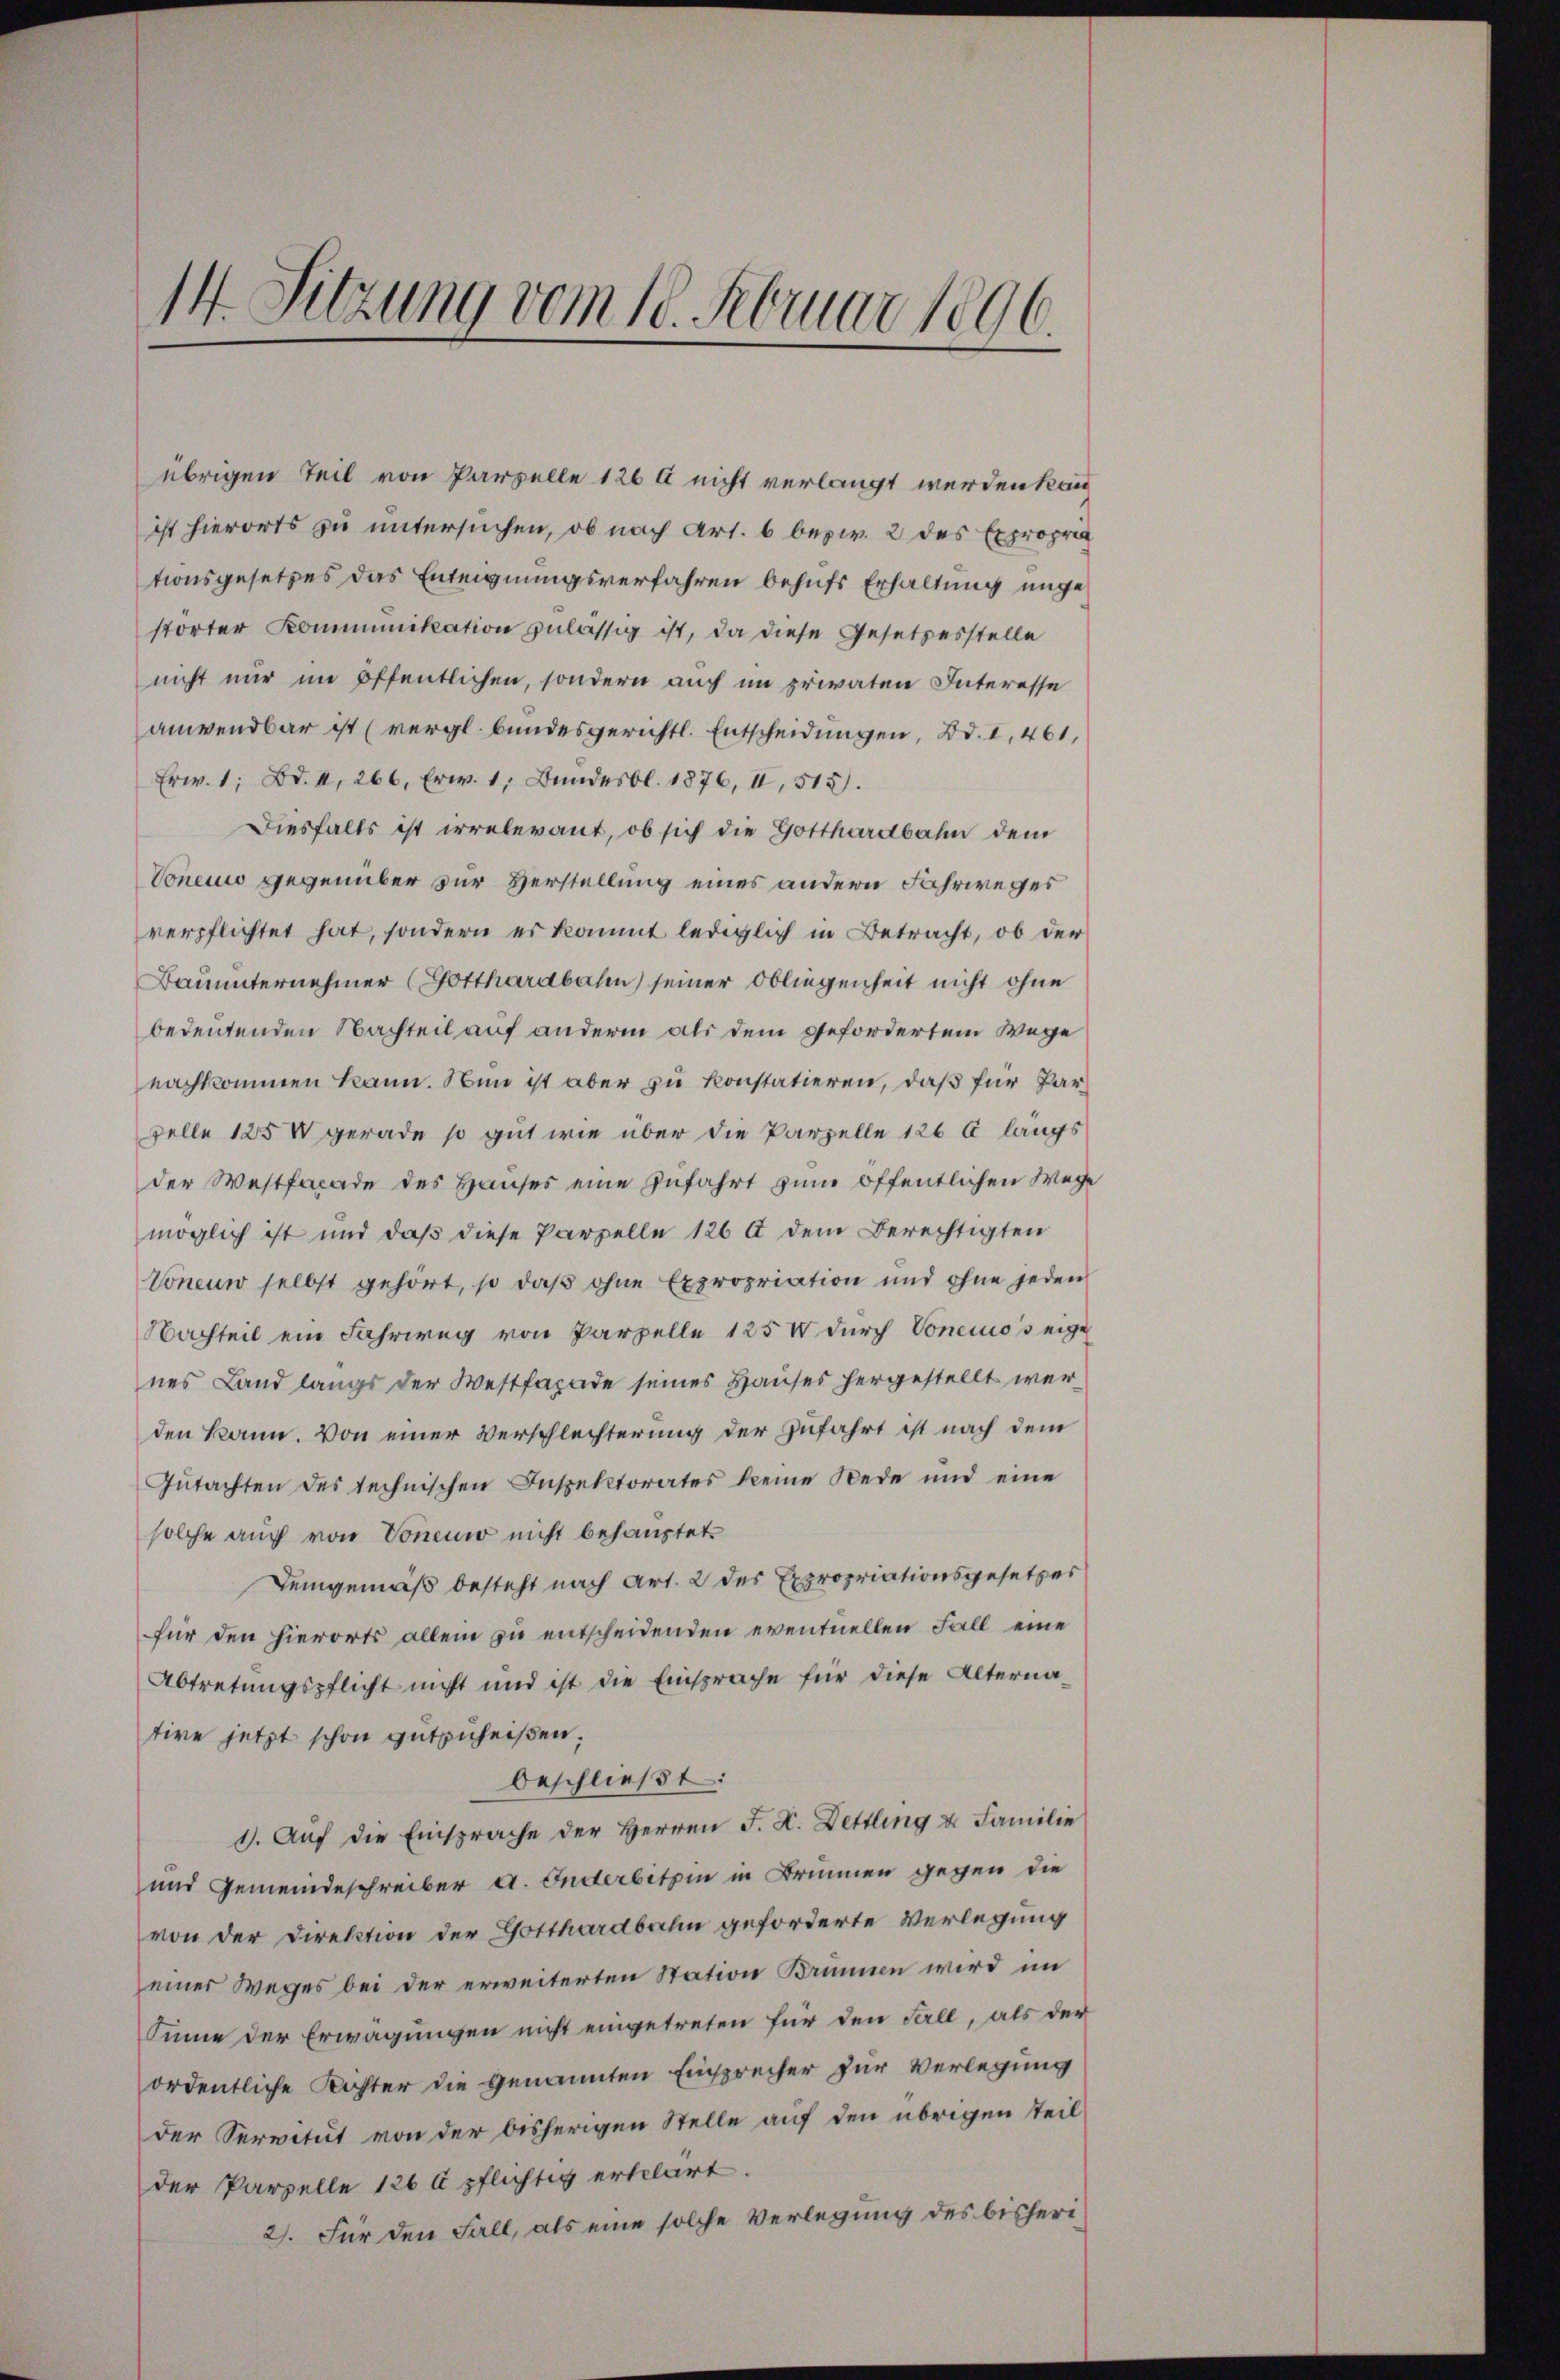
14. Sitzung vom 18. Februar 1896.

ist hierorts zu untersuchen, ob nach Art. 6 bezw. 2 des Expropria
tionsgesetzes das Enteignungsverfahren behufs Erhaltung unge
störter Kommunikation zulässig ist, da diese Gesetzesstelle
nicht nur im öffentlichen, sondern auch im privaten Interesse
anwendbar ist (vergl. bundesgerichtl. Entscheidungen, Bd. I, 461,
Erw. 1, Bd. II, 266, Erw. 1, Bŭndesbl. 1876, II, 515.
Diesfalls ist irrelevant, ob sich die Gotthardbahn dem
Concur gegenüber zur Verstellung eines andern Fahrweges
verpflichtet hat, sondern es kommt lediglich in Betracht, ob der
Bauunternehmer (Potthardbahn seiner Obliegenheit nicht ohne
bedeutenden Nachteil auf anderm als dem gefordertem Wege
nachkommen kann. Nun ist aber zu konstatieren, daß für Parzelle 125 V gerade so gut wie über die Parzelle 126 l langs
der Westforade des Hauses eine Zufahrt zum öffentlichen Wege
möglich ist und daß diese Parzelle 126 t dem Berechtigten
Voneun selbst gehört, so daß ohne Expropriation und ohne jeden
Nachteil ein Fahrweg von Parzelle 125 durch Concios eige
nes Land langs der Westfaxade seines Hauses hergestellt werden kann. Von einer Verschlechterung der zufahrt ist nach dem
Gŭtachten des technischen Inspektorates keine Rede und eine
solche auch von Voner nicht behauptet
Demgemäß besteht nach Art. 2 des Expropriationsgesetzes
für den hierorts allein zu entscheidenden eventuellen Fall eine
Abtretungspflicht nicht und ist die Einsprache für diese Alternative jetzt schon gutzuheißen.
beschließt:
1. Aŭf die Einsprache der Herren F. X. Dettling u. Familie
und Gemeindeschreiber a. Enderbitzin in Brunnen gegen die
von der Direktion der Gotthardbahn geforderte Verlegung
einer Weges bei der erweiterten Station Brunnen wird im
Sinne der Erwägungen nicht eingetreten für den Fall, als der
ordentliche Richter die genannten Einsprecher zur Verlegung
der Servitut von der bisherigen Stelle auf den übrigen Teil
der Parzelle 126 à pflichtig erklärt.
2). Für den Fall, als eine solche Verlegung des bisheri¬

übrigen Teil von Parzelle 126 A nicht verlangt werden kan